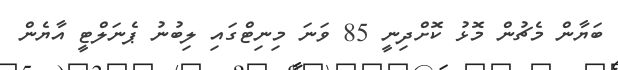
ބަޔާން މެޗުން މޮޅު ކޮށްދިނީ 85 ވަނަ މިނިޓްގައި ލިބުނު ޕެނަލްޓީ އާޔެން